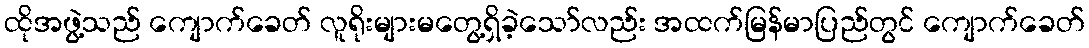
ထိုအဖွဲ့သည် ကျောက်ခေတ် လူရိုးများမတွေ့ရှိခဲ့သော်လည်း အထက်မြန်မာပြည်တွင် ကျောက်ခေတ်